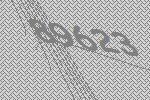
89623